Report on the lunatic asylums under the Government of Bombay - 1904-1913
Year: 1904
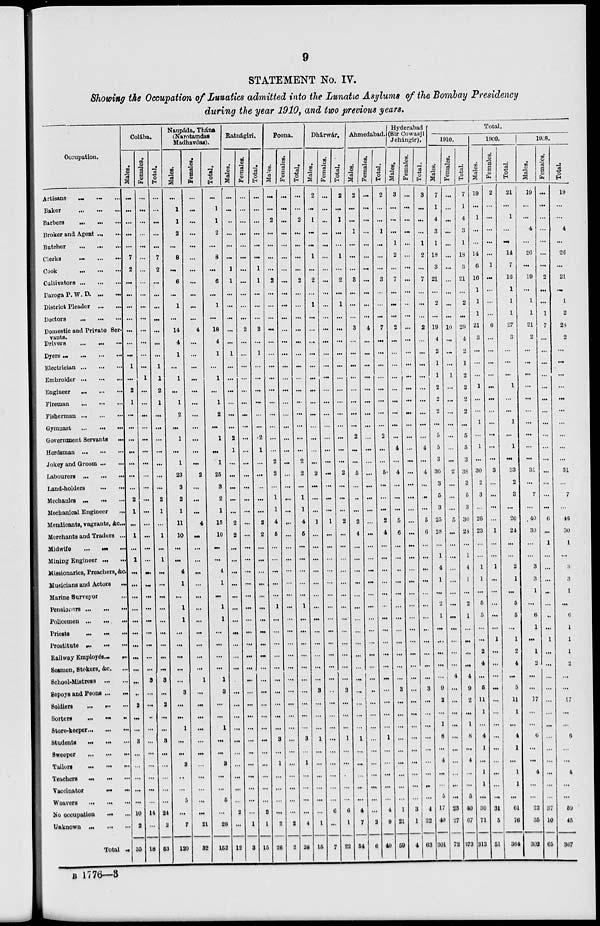
9
STATEMENT No. IV.
Showing the Occupation of Lunatics admitted into the Lunatic Asylums of the Bombay Presidency
during the year 1910, and two previous years.
Occupation.
Artisans
... ... ...
Baker
...
...
...
Barbers
...
...
...
Broker and Agent ... ...
Butcher ... ... ...
Clerks
...
...
...
Cook
...
...
...
Cultivators ... ... ...
Daroga P. W. D. ...
...
District Pleader ... ...
Doctors
...
...
...
Domestic and Private Ser-
vants.
Drivers ... ... ...
Dyers
...
...
...
...
Electrician
...
...
...
Embroider ... ... ...
Engineer ... ... ...
Fireman
...
...
...
Fisherman
...
...
...
Gymnast
...
...
...
Government Servants ...
Herdsman
...
...
...
Jokey and Groom ... ...
Labourers
...
...
...
Land-holders
...
...
Mechanics
...
...
...
Mechanical Engineer ...
Mendicants, vagrants, &c ...
Merchants and Traders ...
Midwife
...
...
...
Mining Engineer ...
...
Missionaries, Preachers, &c.
Musicians and Actors
...
Marine Surveyor ...
Pensioners
...
...
...
Policemen
...
...
...
Priests
...
...
...
Prostitute
...
...
...
Railway Employés. ... ...
Seamen, Stokers, &c. ...
School-Mistress ... ...
Sepoys and Peons ...
...
Soldiers ... ... ...
Sorters
...
...
...
Store-keeper ... ... ...
Students
...
...
...
Sweeper
...
...
...
Tailors
...
...
...
Teachers
...
...
...
Vaccinator ... ...
Weavers
...
...
...
No occupation ... ...
Unknown
...
...
...
Total ..
Colába.
Males.
...
...
...
...
...
7
2
...
...
...
...
...
...
...
1
...
2
1
...
...
...
...
...
...
...
2
1
...
1
...
1
...
...
...
...
...
...
...
...
...
...
...
2
...
...
3
...
...
...
...
...
10
2
35
Females.
...
...
...
...
...
...
...
...
...
...
...
...
...
...
...
1
...
...
...
...
...
...
...
...
...
...
...
...
...
...
...
...
...
...
...
...
...
...
...
...
3
...
...
..
...
...
...
...
...
...
...
14
...
18
Total.
...
...
...
...
...
7
2
...
...
...
...
...
...
...
1
1
2
1
...
...
...
...
...
...
...
2
1
...
1
...
1
...
...
...
...
...
...
...
...
...
3
...
2
...
...
3
...
...
...
...
...
24
2
53
Naupáda, Thána
(Narotamdas
Madhavdas).
Males.
...
1
1
2
...
8
...
6
...
1
...
14
4
1
...
1
...
1
2
...
1
...
1
23
3
2
1
11
10
...
...
4
1
...
1
1
...
...
...
...
...
3
...
...
1
...
...
3
...
...
5
...
7
120
Females.
...
...
...
...
...
...
...
...
...
...
...
4
...
...
...
...
...
...
...
...
...
...
...
2
...
...
...
4
...
...
...
...
...
...
...
...
...
...
...
...
1
...
...
...
...
...
...
...
...
...
...
...
21
32
Total.
...
1
1
2
...
8
...
6
...
1
...
18
4
1
...
1
...
1
2
...
1
...
1
25
3
2
1
15
10
...
...
4
1
...
1
1
...
...
...
...
1
3
...
...
1
...
...
3
...
...
5
...
28
152
Ratnágiri.
Males.
...
...
...
...
...
...
1
1
...
...
...
...
...
1
...
...
...
...
...
...
2
1
...
...
...
...
...
2
2
...
...
...
...
...
...
...
...
...
...
...
...
...
...
...
...
...
...
...
...
...
...
2
...
12
Females.
...
...
...
...
...
...
...
...
...
...
...
2
...
...
...
...
...
...
...
...
...
...
...
...
...
...
...
...
...
...
...
...
...
...
...
...
...
...
...
...
...
...
...
...
...
...
...
...
...
...
...
...
1
3
Total.
...
...
...
...
...
...
1
1
...
...
...
2
...
1
...
...
...
...
...
...
2
1
...
...
...
...
...
2
2
...
...
...
...
...
...
...
...
...
...
...
...
...
...
...
...
...
...
...
...
...
...
2
1
15
Poona.
Males.
...
...
2
...
...
...
...
2
...
...
...
...
...
...
...
...
...
...
...
...
...
...
2
2
...
1
1
4
5
...
...
...
...
...
1
...
...
...
...
...
...
...
...
...
...
3
...
1
...
...
...
...
2
26
Females.
...
...
...
...
...
...
...
...
...
...
...
...
...
...
...
...
...
...
...
...
...
...
...
...
...
...
...
...
...
...
...
...
...
...
...
...
...
...
...
...
...
...
...
...
...
...
...
...
...
...
...
...
2
2
Total.
...
...
2
...
...
...
...
2
...
...
...
...
...
...
...
...
...
...
...
...
...
...
2
2
...
1
1
4
5
...
...
...
...
...
1
...
...
...
...
...
...
...
...
...
...
3
...
1
...
...
...
...
4
28
Dhárwár.
Males.
2
...
1
...
...
1
...
2
...
1
...
...
...
...
...
...
...
...
...
...
...
...
...
2
...
...
...
1
...
...
...
...
...
...
...
...
...
...
...
...
...
3
...
...
...
1
...
...
...
...
...
...
1
15
Females.
...
...
...
...
...
...
...
...
...
...
...
...
...
...
...
...
...
...
...
...
...
...
...
...
...
...
...
1
...
...
...
...
...
...
...
...
...
...
...
...
...
..
...
...
...
...
...
...
...
...
...
6
...
7
Total.
2
...
1
...
...
1
...
2
...
1
...
...
...
...
...
...
...
...
...
...
...
...
...
2
...
...
...
2
...
...
...
...
...
...
...
...
...
...
...
...
...
3
...
...
...
1
...
...
...
...
...
6
1
22
Ahmedabad.
Males.
2
...
...
1
...
...
...
3
...
...
...
3
...
...
...
...
...
...
...
...
2
...
...
5
...
...
...
2
4
...
...
...
...
...
...
...
...
...
...
...
...
...
...
...
...
1
...
...
...
...
...
4
7
34
Females.
...
...
...
...
...
...
...
...
...
...
...
4
...
...
...
...
...
...
...
...
...
...
...
...
...
...
...
...
...
...
...
...
...
...
...
...
...
...
...
...
...
...
...
...
...
...
...
...
...
...
...
...
2
6
Total.
2
...
...
1
...
...
...
3
...
...
...
7
...
...
...
...
...
...
...
...
2
...
...
5
...
...
...
2
4
...
...
...
...
...
...
...
...
...
...
...
...
...
...
...
...
1
...
...
...
...
...
4
9
40
Hyderabad
(Sir Cowasji
Jehángir).
Males.
3
...
...
...
1
2
...
7
...
...
...
2
...
...
...
...
...
...
...
...
...
4
...
4
...
...
...
5
6
...
...
...
...
...
...
...
...
...
...
...
...
3
...
...
...
...
...
...
...
...
...
1
21
59
Females.
...
...
...
...
...
...
...
...
...
...
...
...
...
...
...
...
...
...
...
...
...
...
...
...
...
...
...
...
...
...
...
...
...
...
...
...
...
...
...
...
...
...
...
...
...
...
...
...
...
...
...
3
1
4
Total.
3
...
...
...
1
2
...
7
...
...
...
2
...
...
...
...
...
...
...
...
...
4
...
4
...
...
...
5
6
...
...
...
...
...
...
...
...
...
...
...
...
3
...
...
...
...
...
...
...
...
...
4
22
63
Total.
1910.
Males.
7
1
4
3
1
18
3
21
...
2
...
19
4
2
1
1
2
2
2
...
5
5
3
36
3
5
3
25
28
...
1
4
1
...
2
1
...
...
...
...
...
9
2
...
1
8
...
4
...
...
5
17
40
301
Females.
...
...
...
...
...
...
...
...
...
...
...
10
...
...
...
1
...
...
...
...
...
...
...
2
...
...
...
5
...
...
...
...
...
...
...
...
...
...
...
...
4
...
...
...
...
...
...
...
...
...
...
23
27
72
Total.
7
1
4
3
1
18
3
21
...
2
...
29
4
2
1
2
2
2
2
...
5
5
3
38
3
5
3
30
28
...
1
4
1
...
2
1
...
...
...
...
4
9
2
...
1
8
...
4
...
...
5
40
67
373
1909.
Males.
19
...
1
...
...
14
6
16
1
1
1
21
3
...
...
...
1
...
...
1
...
1
...
30
2
3
...
26
23
...
...
1
1
...
5
5
...
...
2
4
...
5
11
1
...
4
1
...
1
1
...
30
71
313
Females.
2
...
...
...
...
...
1
...
...
...
...
6
...
...
...
...
...
...
...
...
...
...
...
3
...
...
...
...
1
...
...
1
...
...
...
...
...
1
...
...
...
...
...
...
...
...
...
...
...
...
...
31
5
51
Total.
21
...
1
...
...
14
7
16
1
1
1
27
3
...
...
...
1
...
...
1
...
1
...
33
2
3
...
26
24
...
...
2
1
...
5
5
...
1
2
4
...
5
11
1
...
4
1
...
1
1
...
61
76
364
1908.
Males.
19
...
...
4
...
26
...
19
...
1
1
21
2
...
...
...
...
...
...
...
...
...
...
31
...
7
...
40
30
...
...
3
3
1
...
6
1
...
1
2
...
...
17
...
...
6
...
...
4
...
...
22
35
302
Females.
...
...
...
...
...
...
...
2
...
...
1
7
...
...
...
...
...
...
...
...
...
...
...
...
...
...
...
6
...
1
...
...
...
...
...
..
...
1
...
...
...
...
...
...
...
...
...
...
...
...
...
37
10
65
Total.
19
...
...
4
...
26
...
21
...
1
2
28
2
...
...
...
...
...
...
...
...
...
...
31
...
7
...
46
30
1
...
3
3
1
...
6
1
1
1
2
...
...
17
...
...
6
...
...
4
...
...
59
45
367
B 1776—3